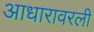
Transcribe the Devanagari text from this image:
आधारावरली